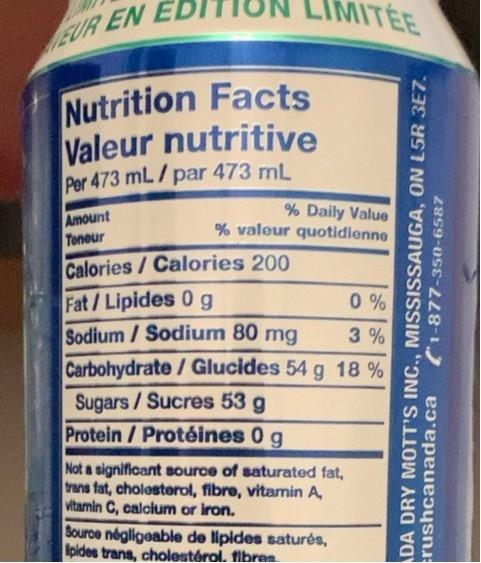
LIMITEE
VEUR EN E
Nutrition Facts Valeur nutritive Per 473 mL/par 473 mL
Amount Toneur
% Daily Value % valeur quotidienne
Calories/Calories 200 Fat/Lipides 0 g Sodium / Sodium 80 mg Carbohydrate/ Glucides 54 g 18 % Sugars/Sucres 53 g Protein/Protéines 0 g
0 %
3%
Not a significant source of saturated fat, trans fat, cholosterol, fibre, vitamin A, vitamin C, calcium or iron.
Source négligeable de lipides saturés, ipldes trans, cholestérol. fibren
DA DRY MOTT'S INC., MISSISSAUGA, ON L5R 3E7. rushcanada.ca
(1-877-350-6587